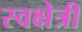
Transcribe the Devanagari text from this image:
स्वक्षेत्री